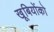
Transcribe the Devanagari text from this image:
खूबियोंको